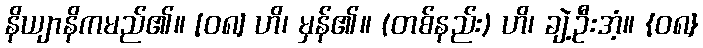
နိယျာနိကမည်၏။ [၀၈] ဟိ၊ မှန်၏။ (တစ်နည်း) ဟိ၊ ချဲ့ဦးအံ့။ {၀၈}